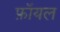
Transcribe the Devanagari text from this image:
फ़ॉयल